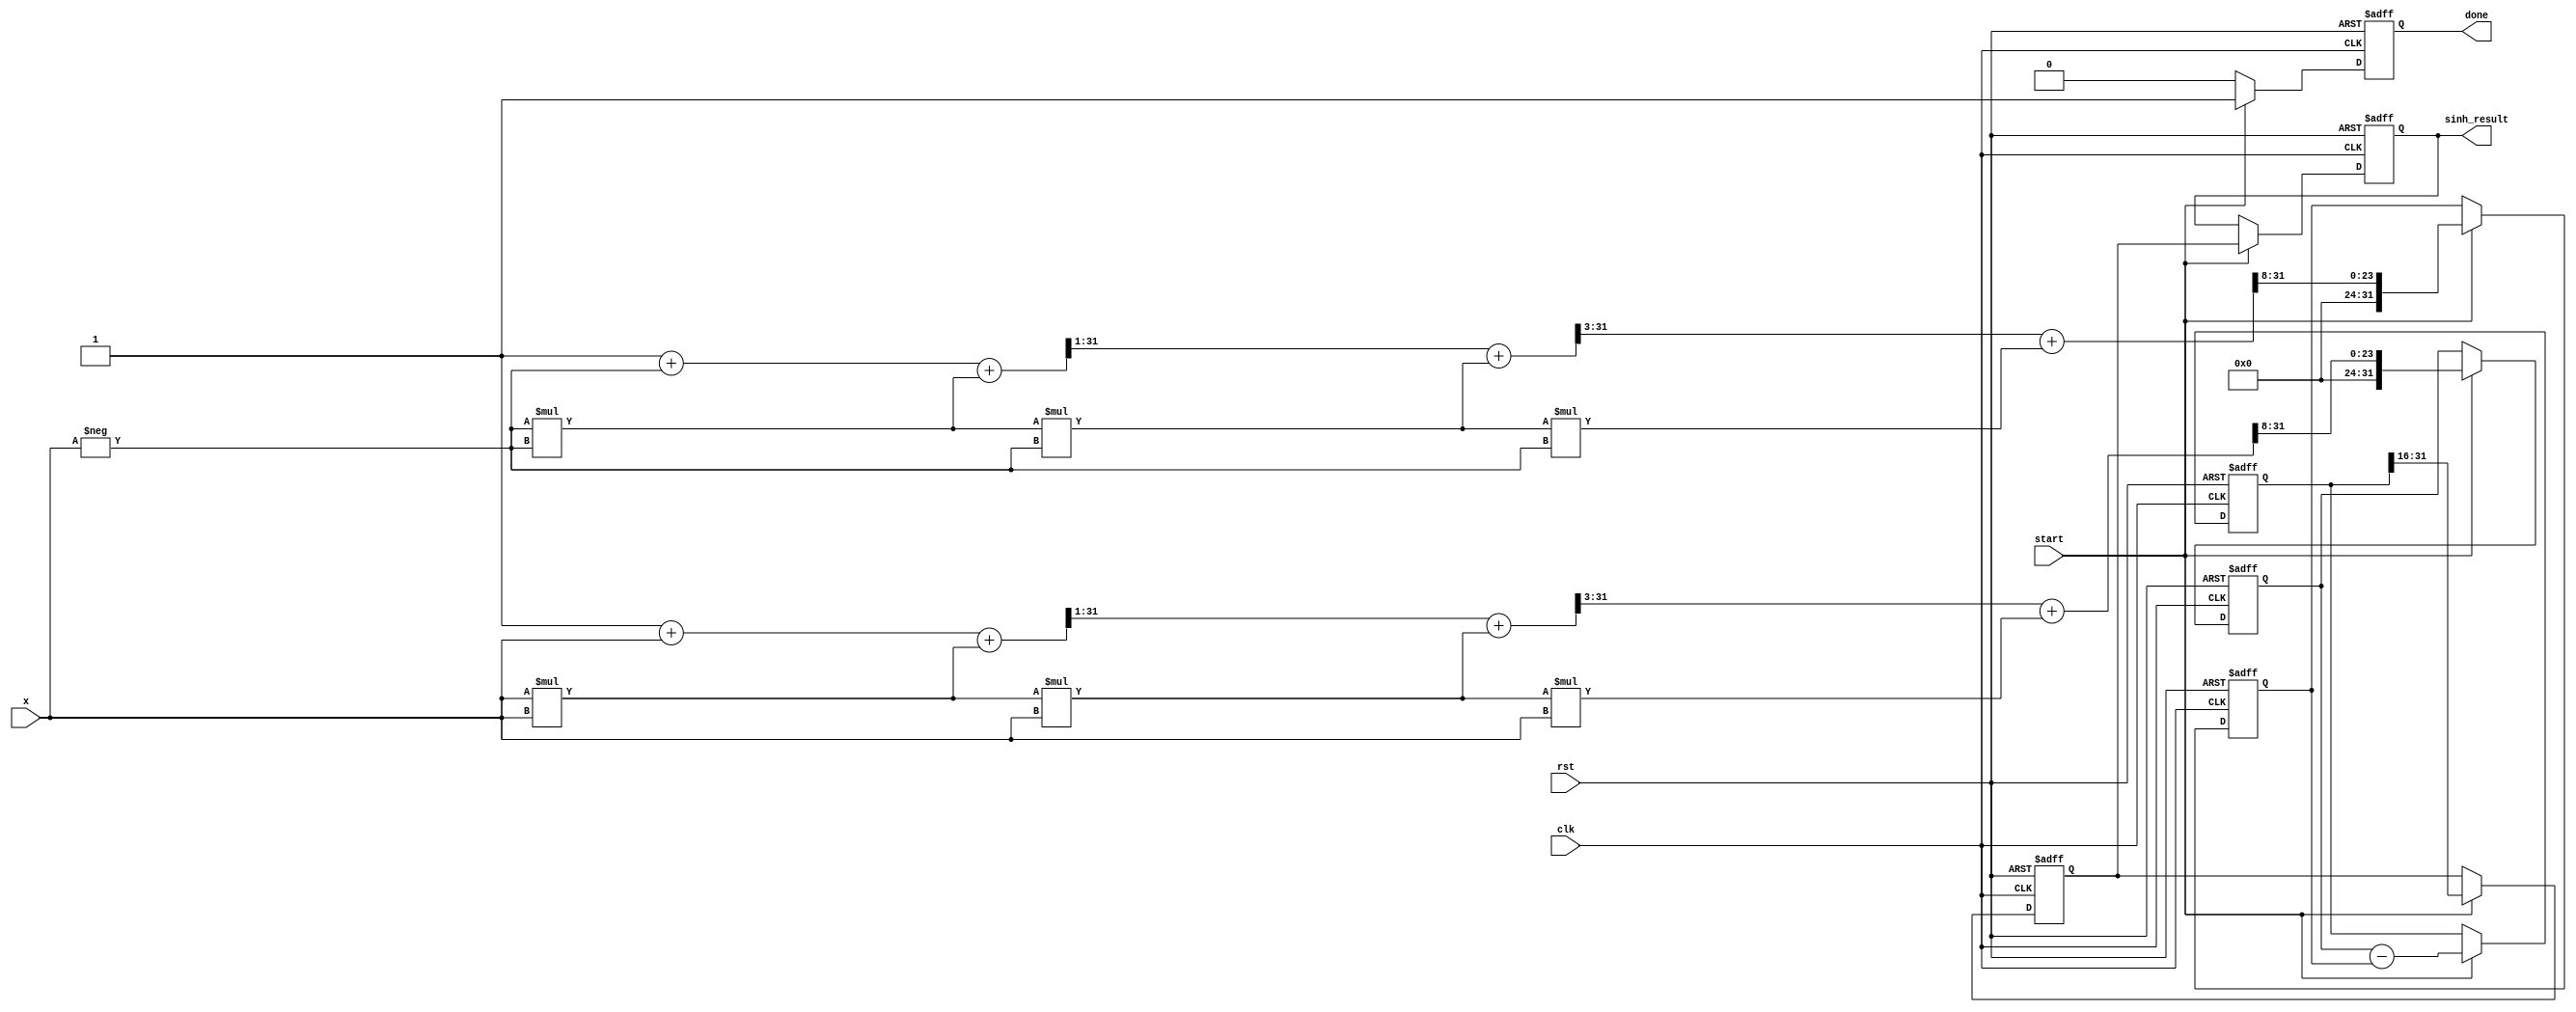
module sinh_arithmetic_block (
    input wire clk,
    input wire rst,
    input wire [15:0] x, // 16-bit fixed-point input
    output reg [15:0] sinh_result, // 16-bit fixed-point output
    input wire start,
    output reg done
);

    reg [31:0] exp_x; // For storing e^x
    reg [31:0] exp_neg_x; // For storing e^(-x)
    reg [31:0] sub_result; // To store e^x - e^(-x)
    reg [15:0] division_result; // To store final result
    
    // Simple approximation for e^x using Taylor Expansion (for small x)
    function [31:0] exp_approx;
        input [15:0] x;
        reg [31:0] result;
        begin
            // e^x  1 + x + (x^2)/2! + (x^3)/3! + (x^4)/4!
            result = 32'h00000001; // e^0
            result = result + x; // + x
            result = result + (x * x) >> 1; // + (x^2)/2
            result = result + (x * x * x) >> 3; // + (x^3)/6
            result = result + (x * x * x * x) >> 8; // + (x^4)/24
            exp_approx = result;
        end
    endfunction

    // Pipelined process to compute sinh
    always @(posedge clk or posedge rst) begin
        if (rst) begin
            sinh_result <= 16'b0;
            exp_x <= 32'b0;
            exp_neg_x <= 32'b0;
            sub_result <= 32'b0;
            division_result <= 16'b0;
            done <= 1'b0;
        end else if (start) begin
            // Calculate e^x
            exp_x <= exp_approx(x);
            // Calculate e^(-x) using the approximation
            exp_neg_x <= exp_approx(-x);
            
            // Compute e^x - e^(-x)
            sub_result <= exp_x - exp_neg_x;

            // Divide the result by 2
            division_result <= sub_result[31:16]; // Simple right shift by 1 to divide by 2 (for fixed point)

            // Store the result
            sinh_result <= division_result;
            done <= 1'b1; // Indicate operation is done
        end else begin
            done <= 1'b0; // Reset done flag when not processing
        end
    end

endmodule